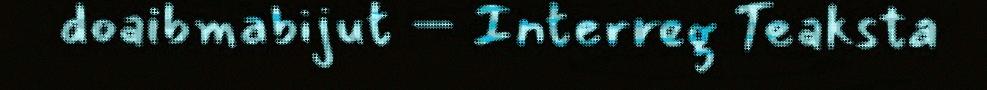
doaibmabijut – Interreg Teaksta